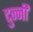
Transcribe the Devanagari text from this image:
दुन्नी